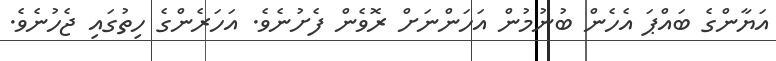
އަޔާންގެ ބައްޕަ އެހެން ބުނުމުން އަހަންނަށް ރޮވެން ފެށުނެވެ. އަހަރެންގެ ހިތުގައި ޖެހުނެވެ.